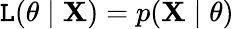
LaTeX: \operatorname{\mathtt{L}}(\theta\mid\mathbf{{X}})=p(\mathbf{{X}}\mid\theta)